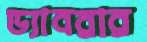
ড্যাবরার